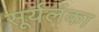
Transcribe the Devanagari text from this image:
सूर्यलंका